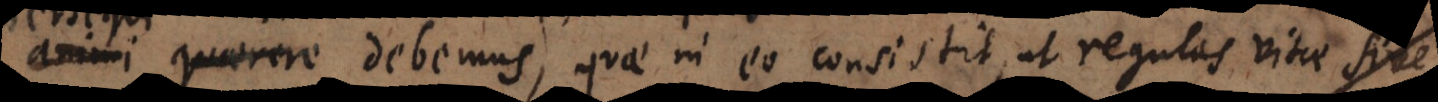
persequi debemus, quae in eo consistit, ut regulas vitae si